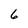
Character: 6